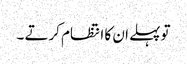
تو پہلے ان کا انتظام کرتے ۔